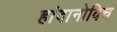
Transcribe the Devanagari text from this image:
हांदानोविच